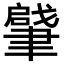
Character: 𦘥